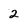
Character: 2